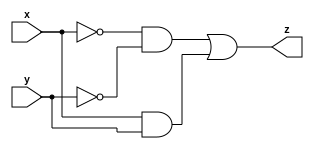
    module comparator(
        input x,
        input y,
        output z
        );
     
    assign z = (~x & ~y) |(x & y);
     
    endmodule
    `timescale 1ns / 1ps
module stimulus;
	// Inputs
	reg x;
	reg y;
	// Outputs
	wire z;
	// Instantiate the Unit Under Test (UUT)
	comparator uut (
		.x(x), 
		.y(y), 
		.z(z)
	);
 
	initial begin
	$dumpfile("test.vcd");
    $dumpvars(0,stimulus);
		// Initialize Inputs
		x = 0;
		y = 0;
 
	#20 x = 1;
	#20 y = 1;
	#20 y = 0;	
	#20 x = 1;	  
	#40 ;
 
	end  
 
		initial begin
		 $monitor("t=%3d x=%d,y=%d,z=%d \n",$time,x,y,z, );
		 end
 
endmodule